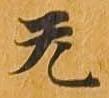
无